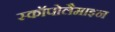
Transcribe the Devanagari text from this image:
स्कॉपोलैमाइन